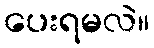
ပေးရမလဲ။